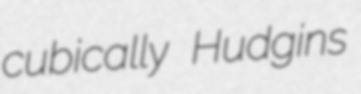
cubically Hudgins